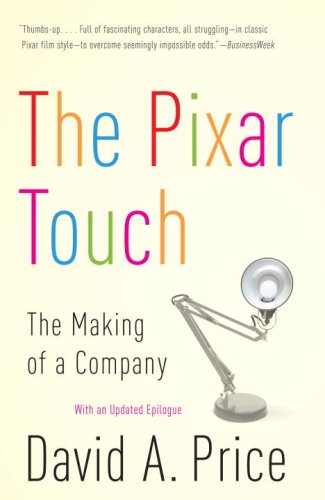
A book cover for The Pixar Touch; David A. Price; Computers & Technology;